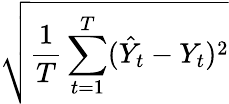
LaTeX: \sqrt{\frac{1}{T}\sum_{t=1}^{T}(\hat{Y}_{t}-Y_{t})^{2}}